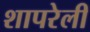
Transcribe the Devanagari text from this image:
शापरेली